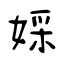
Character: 婇